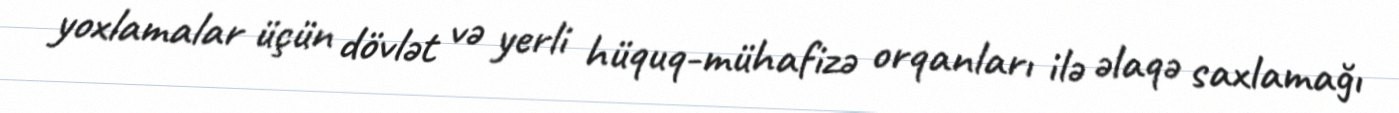
yoxlamalar üçün dövlət və yerli hüquq-mühafizə orqanları ilə əlaqə saxlamağı